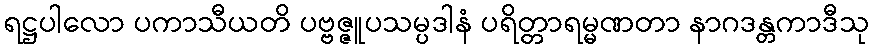
ရဋ္ဌပါလော ပကာသီယတိ ပဗ္ဗဇ္ဇူပသမ္ပဒါနံ ပရိတ္တာရမ္မဏတာ နာဂဒန္တကာဒီသု